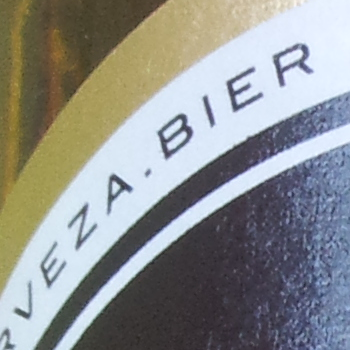
VEZA.BIER